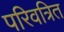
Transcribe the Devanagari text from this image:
परिवत्रित